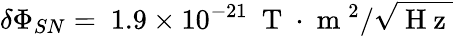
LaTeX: \delta\Phi_{SN}=~1.9\times 10^{-21}~\mathrm{~T~}\cdot\mathrm{~m~}^{2}/\sqrt{\mathrm{~H~z~}}